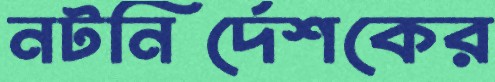
নটনির্দেশকের